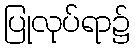
ပြုလုပ်ရာ၌